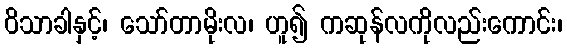
ဝိသာခါနှင့်၊ သော်တာမိုးလ၊ ဟူ၍ ကဆုန်လကိုလည်းကောင်း၊